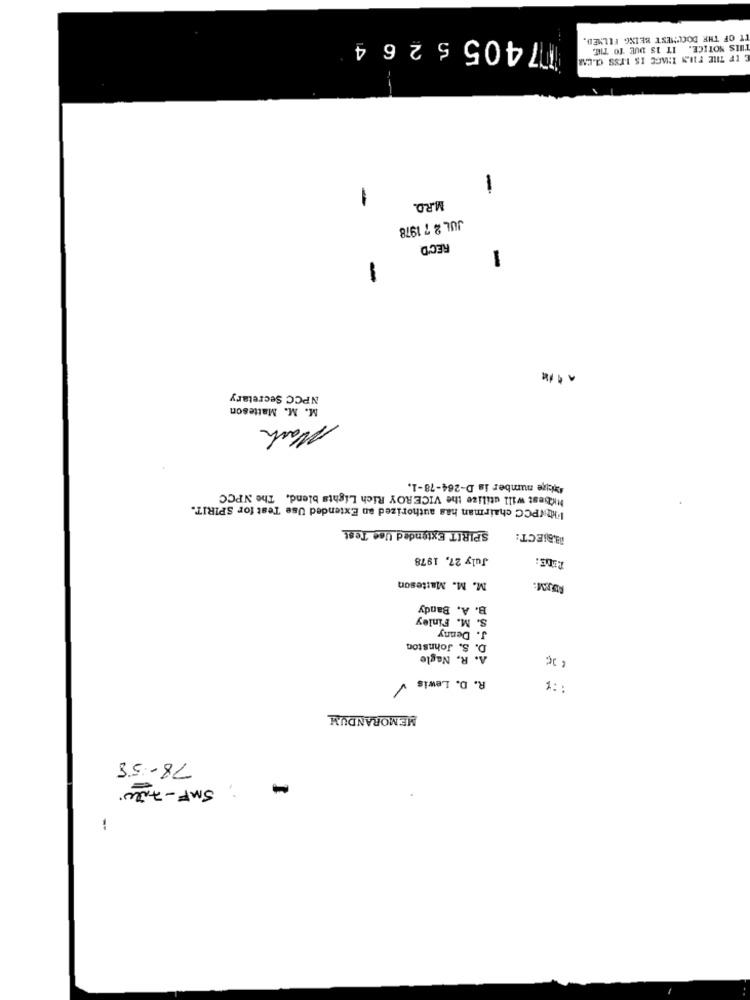
17405 526 4
'T OF THE DOCUMENT BEING FILMED.
THIS NOTICE. IT IS DUE TO THE.
IF THE FINN IMAGE IS LESS CLEAR
-
-
M.R.D.
JUL 2 7 1978
REC'D
-
-
NPCC Secretary
M. M. Matteson
Mark
Maize number is D-264-78-1.
Hichest will utilize the VICEROY Rich Lights blend. The NPCC
l'HOWPCC chairman has authorized an Extended Use Test for SPIRIT.
SPIRIT Extended Use Test
BABIECT:
July 27, 1978
M. M. Matteson
B. A. Bandy
S. M. Finley
J. Denny
. S. Johnston
A. R. Nagle
R. D. Lewis
1 ::
MEMORANDUM
78.58
; SMF -7,20